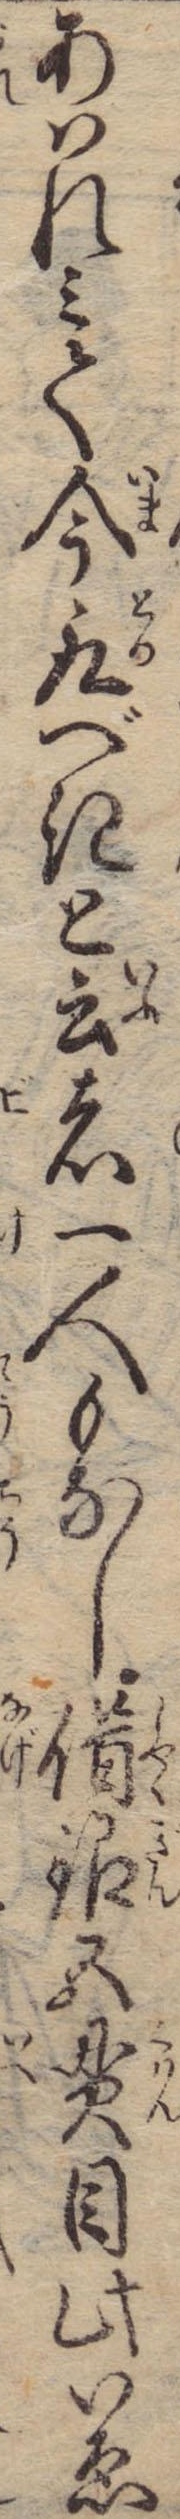
あはれみて今取べきと云者一人もなし借銀五貫目此いゑ